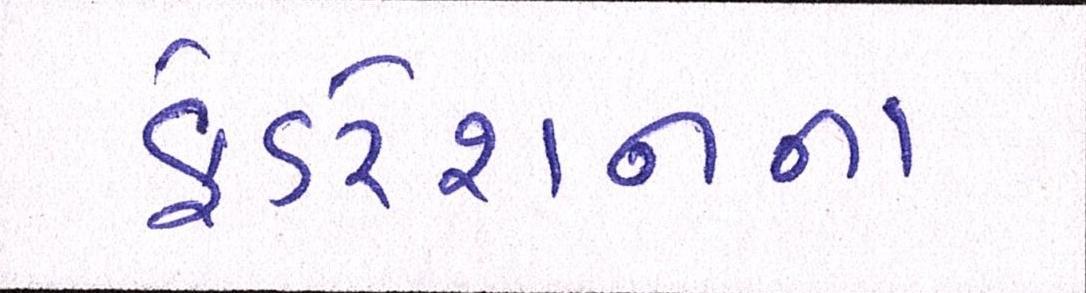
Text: ફેડરેશનના